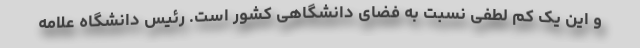
و این یک کم لطفی نسبت به فضای دانشگاهی کشور است. رئیس دانشگاه علامه